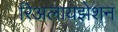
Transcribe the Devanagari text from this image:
रिअलायझेशन